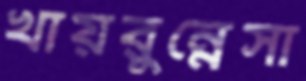
খায়রুন্নেসা